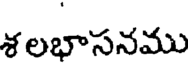
శ లభాసనము